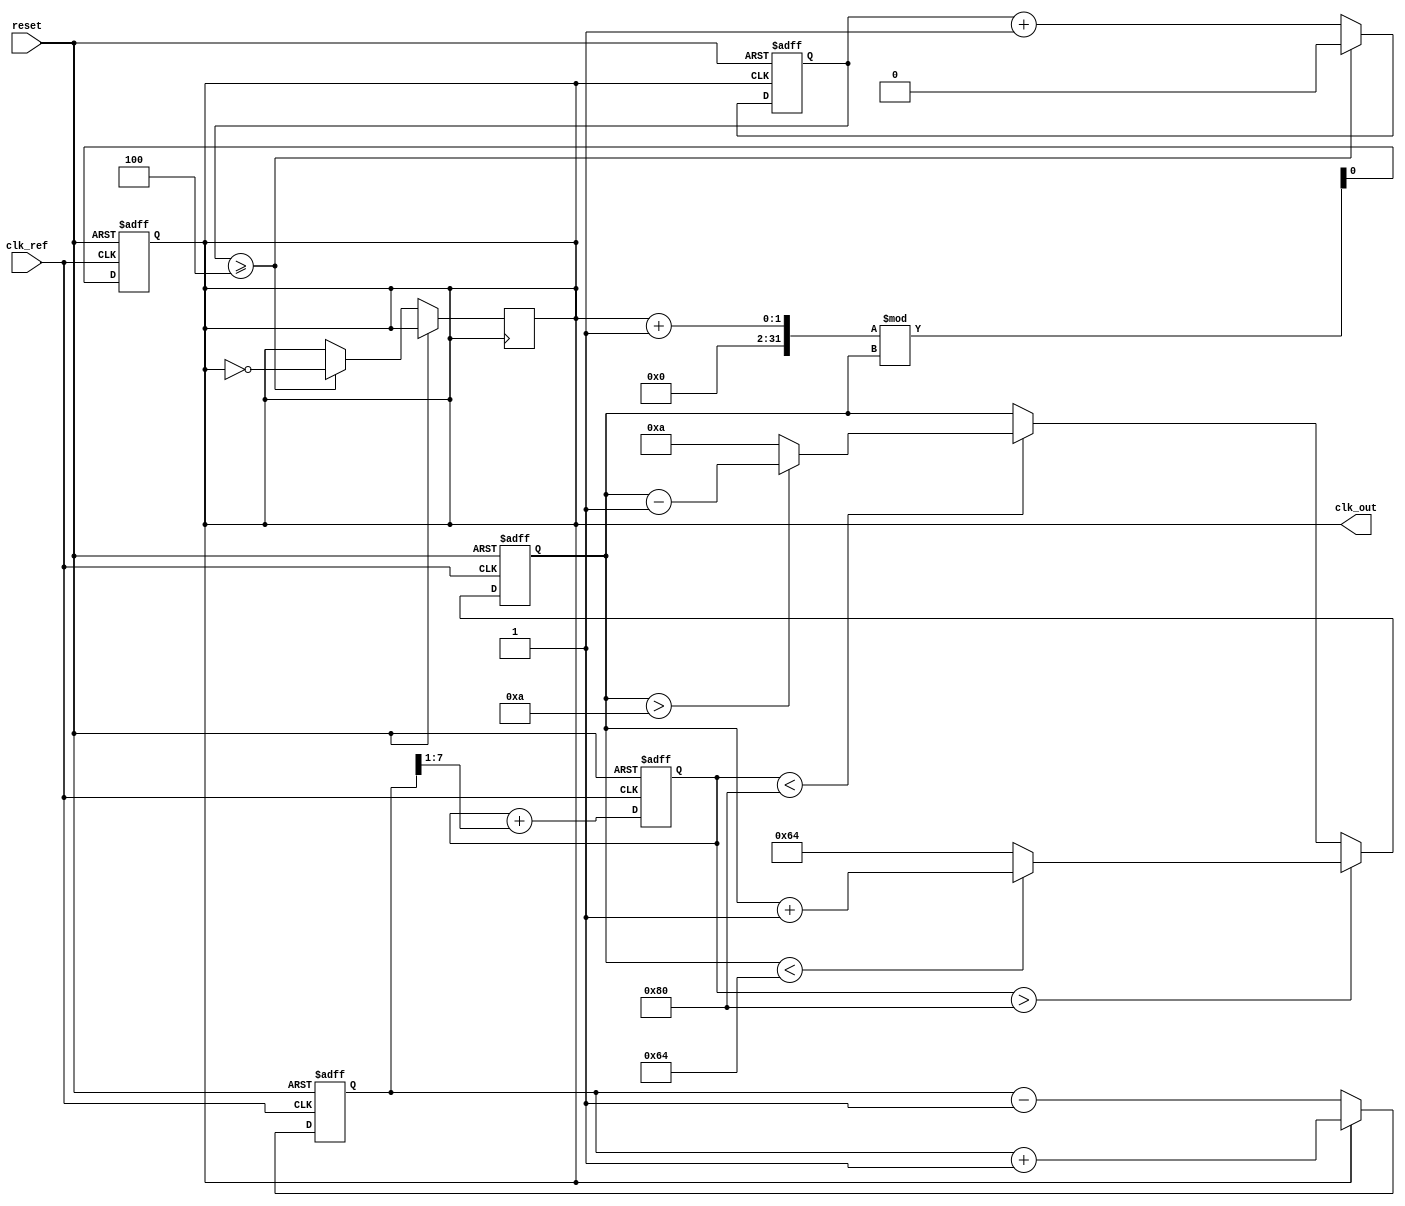
module pll (
    input wire clk_ref,          // Reference clock input
    input wire reset,            // Asynchronous reset
    output reg clk_out           // Output clock
);

// Parameters
parameter DIV_FACTOR = 4;      // Frequency divider factor
parameter VCO_MAX_FREQ = 100;  // Maximum frequency for VCO
parameter VCO_MIN_FREQ = 10;    // Minimum frequency for VCO

// Internal signals
reg [7:0] phase_error;          // Phase error signal
reg [7:0] control_voltage;       // Control voltage for VCO
reg [7:0] vco_freq;             // Current frequency of VCO
reg clk_div;                    // Divided clock signal

// Phase Detector (PD)
always @(posedge clk_ref or posedge reset) begin
    if (reset) begin
        phase_error <= 0;
    end else begin
        // Simple phase detector logic (example)
        if (clk_out) begin
            phase_error <= phase_error + 1; // Increment error if clk_out is high
        end else begin
            phase_error <= phase_error - 1; // Decrement error if clk_out is low
        end
    end
end

// Loop Filter (LF)
always @(posedge clk_ref or posedge reset) begin
    if (reset) begin
        control_voltage <= 0;
    end else begin
        // Simple low-pass filter (example)
        control_voltage <= control_voltage + (phase_error >> 1); // Adjust control voltage based on phase error
    end
end

// Voltage-Controlled Oscillator (VCO)
always @(posedge clk_ref or posedge reset) begin
    if (reset) begin
        vco_freq <= VCO_MIN_FREQ;
        clk_out <= 0;
    end else begin
        // Adjust VCO frequency based on control voltage
        if (control_voltage > 128) begin
            vco_freq <= (vco_freq < VCO_MAX_FREQ) ? vco_freq + 1 : VCO_MAX_FREQ;
        end else if (control_voltage < 128) begin
            vco_freq <= (vco_freq > VCO_MIN_FREQ) ? vco_freq - 1 : VCO_MIN_FREQ;
        end

        // Generate output clock based on VCO frequency
        clk_out <= (clk_out + 1) % vco_freq; // Simple clock generation
    end
end

// Frequency Divider (optional)
always @(posedge clk_out or posedge reset) begin
    if (reset) begin
        clk_div <= 0;
    end else begin
        clk_div <= clk_div + 1;
        if (clk_div >= DIV_FACTOR) begin
            clk_div <= 0;
            clk_out <= ~clk_out; // Toggle output clock
        end
    end
end

endmodule